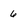
Character: 6